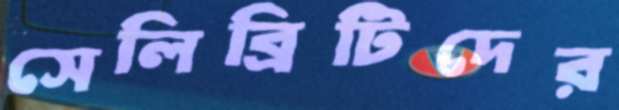
সেলিব্রিটিদের